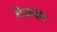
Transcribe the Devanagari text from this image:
देववर